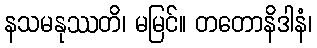
နသမနုဿတိ၊ မမြင်။ တတောနိဒါနံ၊